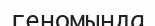
геномында